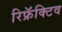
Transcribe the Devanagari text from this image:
रिफ्रॅक्टिव